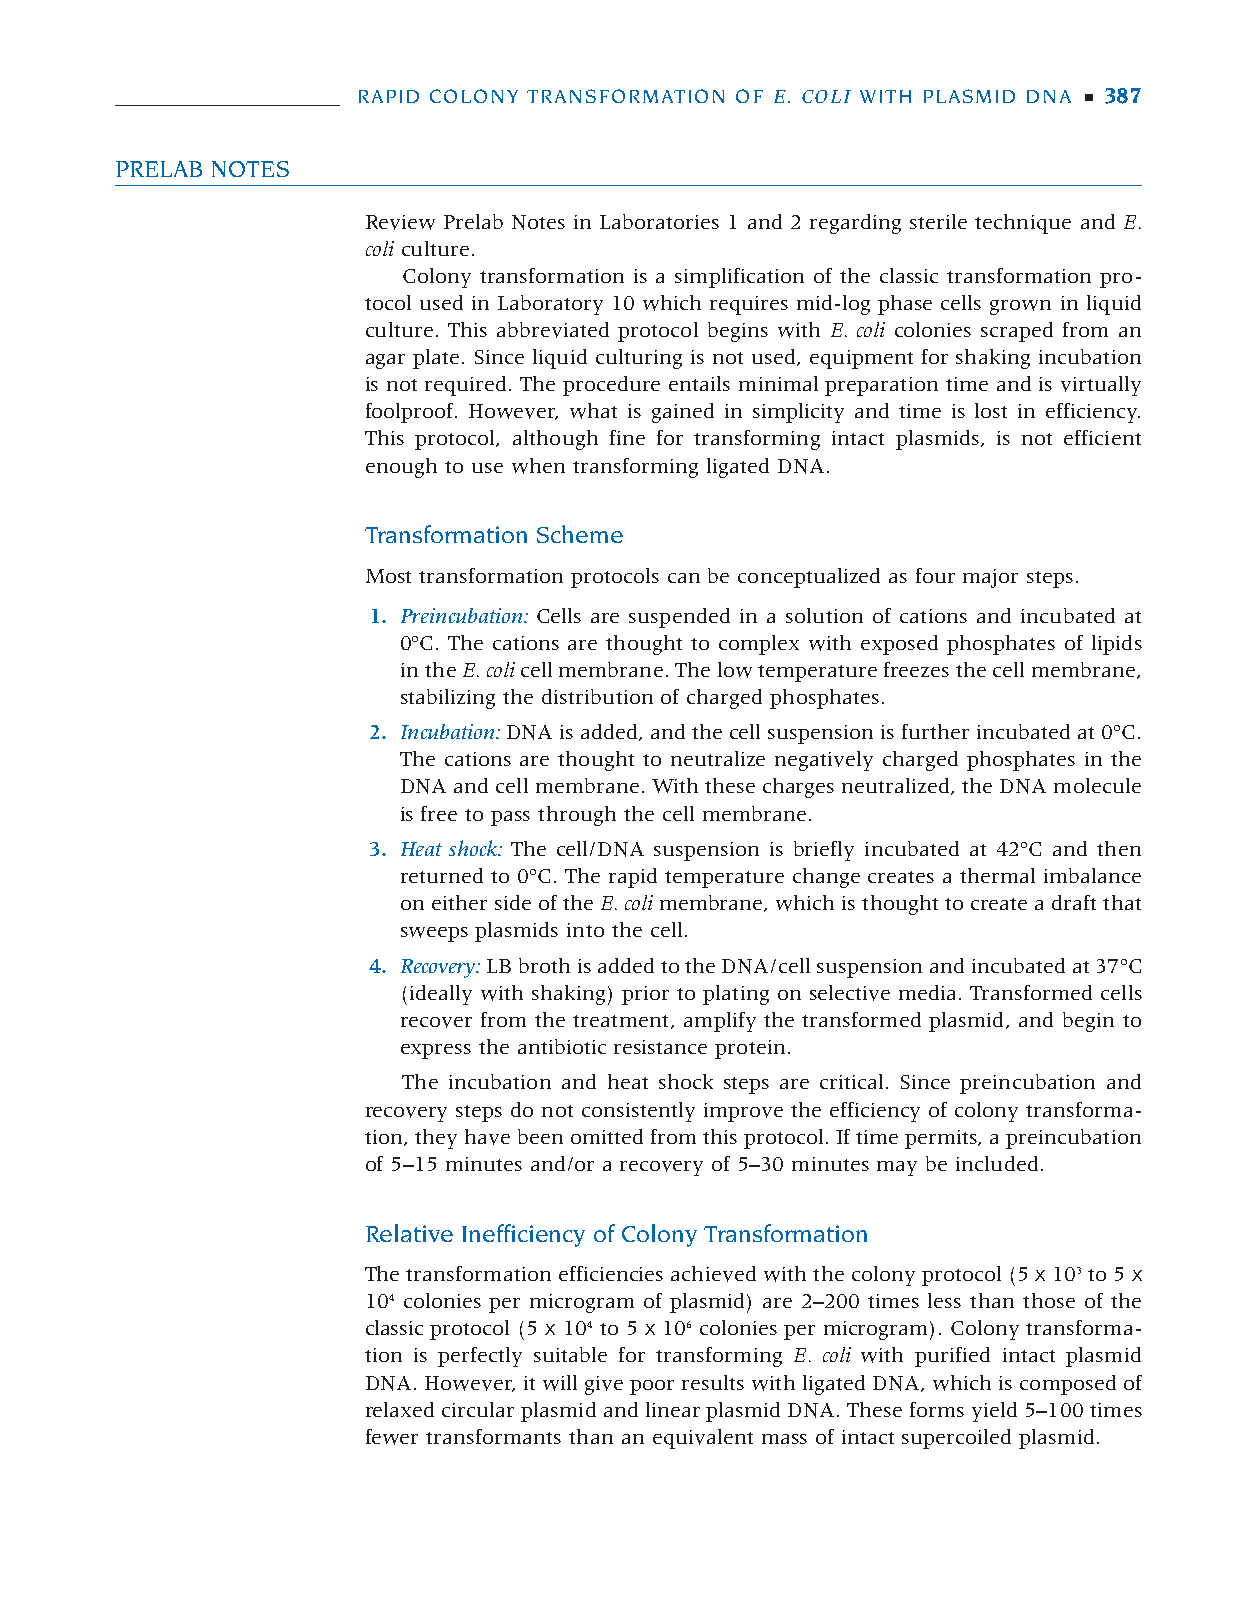
385-398 DNA Sci Lab 05 11/9/05 1:39 PM Page 387
 RAPID COLONY TRANSFORMATION OF E. COLI WITH PLASMID DNA ■ 387
 PRELAB NOTES
 Review Prelab Notes in Laboratories 1 and 2 regarding sterile technique and E.
 coli culture.
 Colony transformation is a simplification of the classic transformation pro-
 tocol used in Laboratory 10 which requires mid-log phase cells grown in liquid
 culture. This abbreviated protocol begins with E. coli colonies scraped from an
 agar plate. Since liquid culturing is not used, equipment for shaking incubation
 is not required. The procedure entails minimal preparation time and is virtually
 foolproof. However, what is gained in simplicity and time is lost in efficiency.
 This protocol, although fine for transforming intact plasmids, is not efficient
 enough to use when transforming ligated DNA.
 Transformation Scheme
 Most transformation protocols can be conceptualized as four major steps.
 1. Preincubation: Cells are suspended in a solution of cations and incubated at
 0ºC. The cations are thought to complex with exposed phosphates of lipids
 in the E. colicell membrane. The low temperature freezes the cell membrane,
 stabilizing the distribution of charged phosphates.
 2. Incubation:DNA is added, and the cell suspension is further incubated at 0ºC.
 The cations are thought to neutralize negatively charged phosphates in the
 DNA and cell membrane. With these charges neutralized, the DNA molecule
 is free to pass through the cell membrane.
 3. Heat shock: The cell/DNA suspension is briefly incubated at 42ºC and then
 returned to 0ºC. The rapid temperature change creates a thermal imbalance
 on either side of the E. colimembrane, which is thought to create a draft that
 sweeps plasmids into the cell.
 4. Recovery:LB broth is added to the DNA/cell suspension and incubated at 37ºC
 (ideally with shaking) prior to plating on selective media. Transformed cells
 recover from the treatment, amplify the transformed plasmid, and begin to
 express the antibiotic resistance protein.
 The incubation and heat shock steps are critical. Since preincubation and
 recovery steps do not consistently improve the efficiency of colony transforma-
 tion, they have been omitted from this protocol. If time permits, a preincubation
 of 5–15 minutes and/or a recovery of 5–30 minutes may be included.
 Relative Inefficiency of Colony Transformation
 The transformation efficiencies achieved with the colony protocol (5 x103to 5 x
 104 colonies per microgram of plasmid) are 2–200 times less than those of the
 classic protocol (5 x 104 to 5 x 106 colonies per microgram). Colony transforma-
 tion is perfectly suitable for transforming E. coli with purified intact plasmid
 DNA. However, it will give poor results with ligated DNA, which is composed of
 relaxed circular plasmid and linear plasmid DNA. These forms yield 5–100 times
 fewer transformants than an equivalent mass of intact supercoiled plasmid.